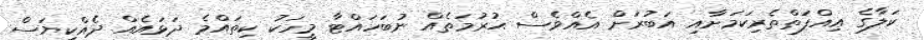
ކަލާގެ ޢިއްފަތްތެރިކަމަށާއި އަބުރަށް އެއްވެސް ޙުރުމަތެއް ނުބަހައްޓާ މީހަކު ކިތައްމެ ދަޅައެއް ދެއްކިޔަސް